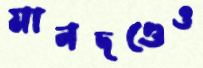
মানদণ্ডেও